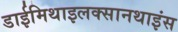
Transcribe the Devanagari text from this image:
डाईमिथाइलक्सानथाइंस